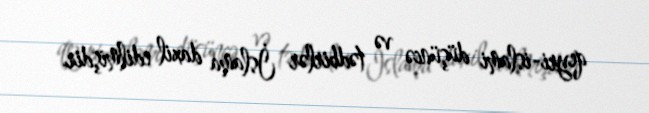
qeyri-islami düşüncə və tədbirlər İslama daxil edilmişdir.